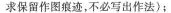
求保留作图痕迹，不必写出作法)；